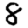
Digit: 8